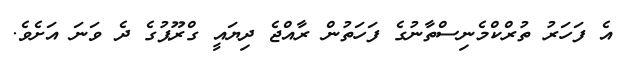
އެ ފަހަރު ތުރްކްމެނިސްތާނުގެ ފަހަތުން ރާއްޖެ ދިޔައީ ގްރޫޕުގެ ދެ ވަނަ އަށެވެ.